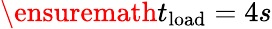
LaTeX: \ensuremath{t_{\mathrm{load}}}=4s